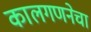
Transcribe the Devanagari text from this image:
कालगणनेचा